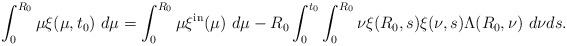
\begin{align*}\int_{0}^{R_{0}}\mu\xi(\mu,t_{0})\ d\mu=\int_{0}^{R_{0}}\mu\xi^{\mathrm{in}}(\mu)\ d\mu-R_{0}\int_{0}^{t_{0}}\int_{0}^{R_{0}}\nu\xi(R_{0},s)\xi(\nu,s)\Lambda(R_{0},\nu)\ d\nu ds.\end{align*}